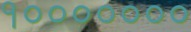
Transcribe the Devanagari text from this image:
१०००००००